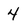
Character: 4